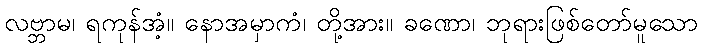
လဗ္ဘာမ၊ ရကုန်အံ့။ နောအမှာကံ၊ တို့အား။ ခဏော၊ ဘုရားဖြစ်တော်မူသော